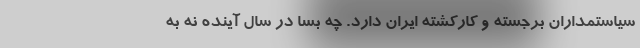
سیاستمداران برجسته و کارکشته ایران دارد. چه بسا در سال آینده نه به